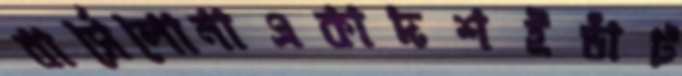
বার্সেলোনাএকাদশইডাঁট